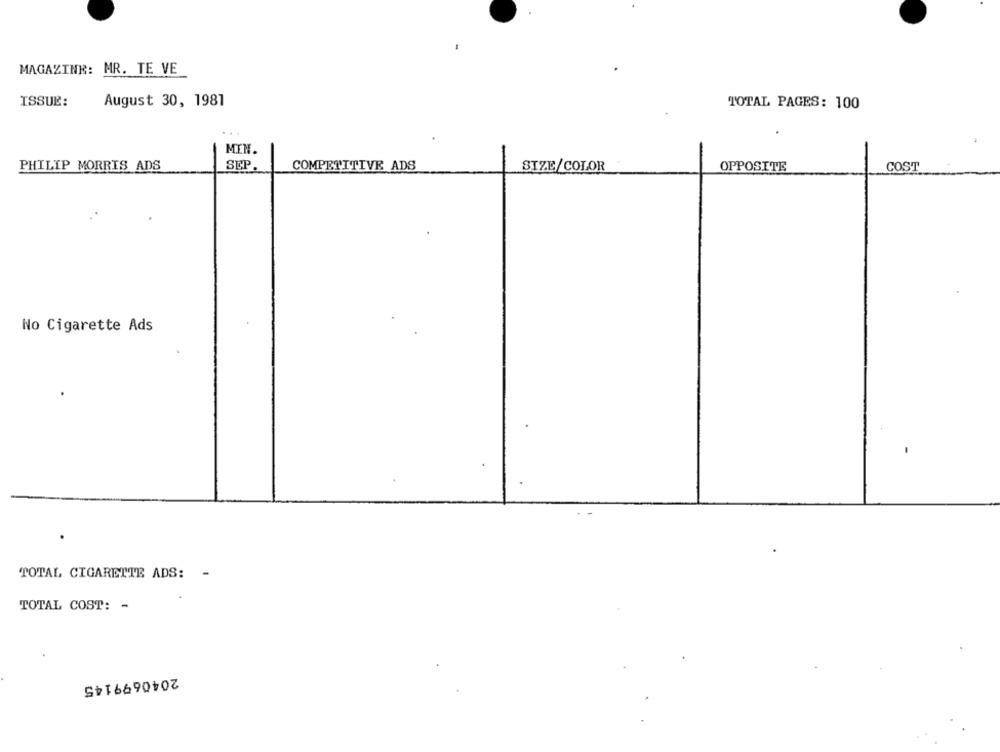
MAGAZINE: MR. TE VE
ISSUE:
August 30, 1981
TOTAL PAGES: 100
MIN.
SEP
PHILIP MORRIS ADS
COMPETITIVE ADS
SIZE/COLOR
OPPOSITE
COST
No Cigarette Ads
TOTAL CIGARETTE ADS: -
TOTAL COST: -
2040699145